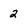
Character: 2